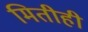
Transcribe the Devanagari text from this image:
मितीही